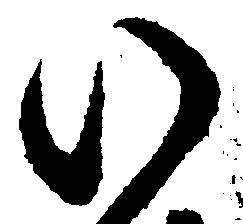
い